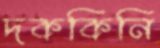
দককিনি